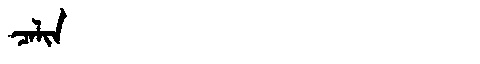
Manchu: ᠴᠠᠯᡳᠨ
Romanization: CALIN